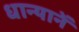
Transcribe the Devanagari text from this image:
धान्यानें